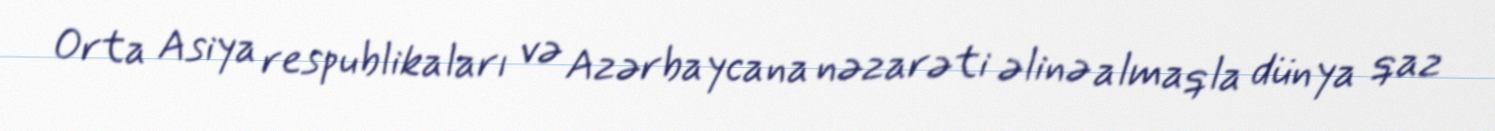
Orta Asiya respublikaları və Azərbaycana nəzarəti əlinə almaqla dünya qaz